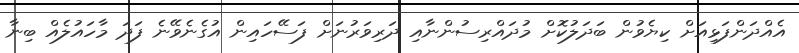
އެއްދަންފަޅިއަށް ކިޔެވުން ބަދަލުކޮށް މުދައްރިސުންނާއި ދަރިވަރުނަށް ފަސޭހައިން އުގެނެވޭނެ ފަދަ މާހައުލެއް ބިނާ